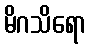
မိဂသိရော